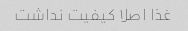
غذا اصلا کیفیت نداشت